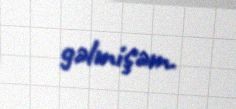
gəlmişəm.